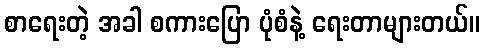
စာရေးတဲ့ အခါ စကားပြော ပုံစံနဲ့ ရေးတာများတယ်။